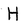
Character: H